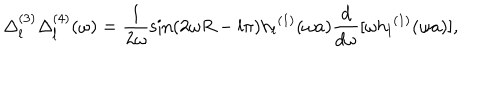
\Delta _ { l } ^ { ( 3 ) } \Delta _ { l } ^ { ( 4 ) } ( \omega ) = \frac { 1 } { 2 \omega } \sin ( 2 \omega R - l \pi ) { h _ { l } } ^ { ( 1 ) } ( \omega a ) { \frac { d } { d \omega } } [ \omega { h _ { l } } ^ { ( 1 ) } ( \omega a ) ] ,